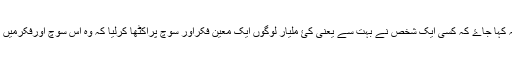
اگر کسی عقل مندکے لیے یہ کہا جاۓ کہ کسی ایک شخص نے بہت سے یعنی کئ ملیار لوگوں ایک معین فکراور سوچ پراکٹھا کرلیا کہ وہ اس سوچ اورفکرمیں اس کی پیروی کرنے لگے ۔